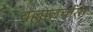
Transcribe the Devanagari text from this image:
वल्लालचरित